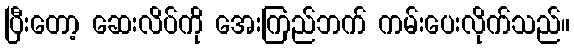
ပြီးတော့ ဆေးလိပ်ကို အေးကြည်ဘက် ကမ်းပေးလိုက်သည်။